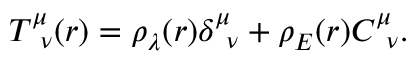
\begin{array} { r } { T _ { \, \, \, \nu } ^ { \mu } ( r ) = \rho _ { \lambda } ( r ) \delta _ { \, \, \, \nu } ^ { \mu } + \rho _ { E } ( r ) { \cal C } _ { \, \, \, \nu } ^ { \mu } . } \end{array}